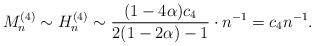
LaTeX: \begin{align*}M^{(4)}_n \sim H_n^{(4)} \sim \dfrac{(1-4\alpha)c_4}{2(1-2\alpha)-1} \cdot n^{-1} = c_4 n^{-1}.\end{align*}